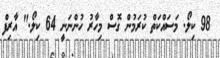
98 ކިލޯ. މަސައްކަތް ކުރަމުން ގޮސް މިހާރު ހުންނަނީ 64 ކިލޯ." އާރިފް